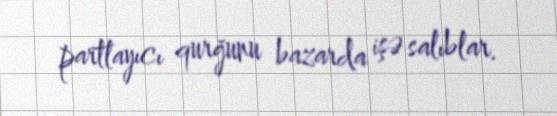
partlayıcı qurğunu bazarda işə salıblar.